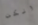
ولكن